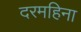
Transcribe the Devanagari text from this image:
दरमहिना